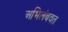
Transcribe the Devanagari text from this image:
अभिलंबवत